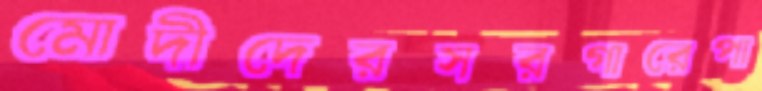
মোদীদেরসরগারেপা